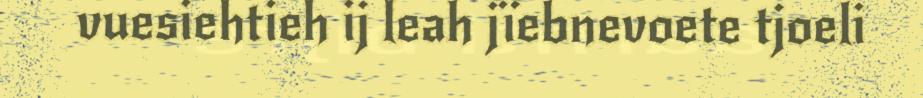
vuesiehtieh ij leah jïebnevoete tjoeli